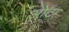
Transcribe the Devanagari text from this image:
ओेटा